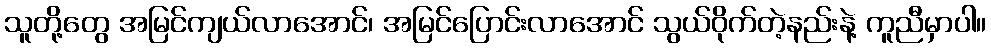
သူတို့တွေ အမြင်ကျယ်လာအောင်၊ အမြင်ပြောင်းလာအောင် သွယ်ဝိုက်တဲ့နည်းနဲ့ ကူညီမှာပါ။